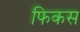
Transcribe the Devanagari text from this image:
फिकस